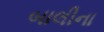
બાલીના